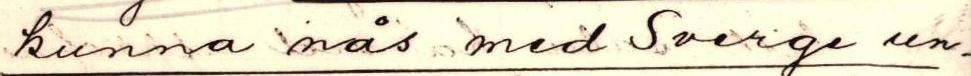
kunna nås med Sverge un-